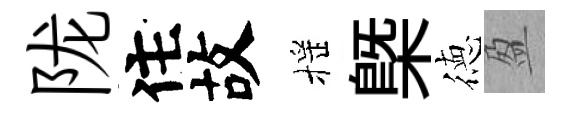
陇住故摇槩徳盈